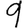
Digit: 9